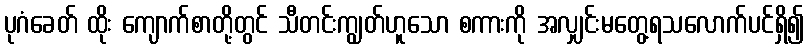
ပုဂံခေတ် ထိုး ကျောက်စာတို့တွင် သီတင်းကျွတ်ဟူသော စကားကို အလျှင်းမတွေ့ရသလောက်ပင်ရှိ၍